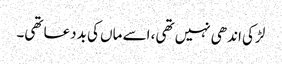
لڑکی اندھی نہیں تھی، اسے ماں‌ کی بددعا تھی۔